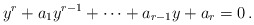
\begin{align*}y^r + a_1 y^{r-1} + \cdots + a_{r-1}y + a_r =0\,.\end{align*}